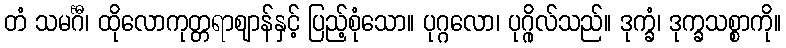
တံ သမင်္ဂီ၊ ထိုလောကုတ္တရာဈာန်နှင့် ပြည့်စုံသော။ ပုဂ္ဂလော၊ ပုဂ္ဂိုလ်သည်။ ဒုက္ခံ၊ ဒုက္ခသစ္စာကို။